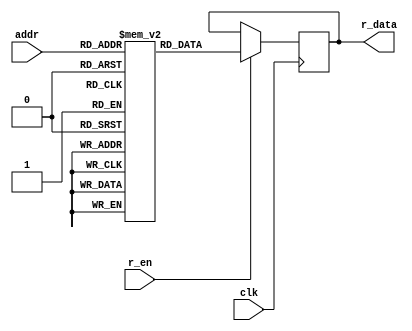
// This program was cloned from: https://github.com/IObundle/iob-lib
// License: MIT License

`timescale 1ns / 1ps

module iob_rom_sp
  #(
    parameter DATA_W = 8,
    parameter ADDR_W = 10,
    parameter HEXFILE = "none"
	)
   (
    input                    clk,
    input                    r_en,
    input [ADDR_W-1:0]       addr,
    output reg [DATA_W-1:0]  r_data
    );
   
   // this allows ISE 14.7 to work; do not remove
   localparam mem_init_file_int = HEXFILE;

   // Declare the ROM
   reg [DATA_W-1:0]     rom[(2**ADDR_W)-1:0];

   // Initialize the ROM
   initial 
     if(mem_init_file_int != "none")
       $readmemh(mem_init_file_int, rom, 0, (2**ADDR_W)-1);

   // Operate the ROM
   always @(posedge clk)
     if(r_en)
       r_data <= rom[addr];
   
endmodule